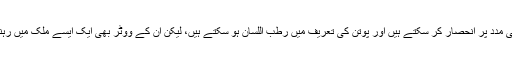
برطانیہ اور فرانس کے دائیں بازو کے انتہا پسند روسی مدد پر انحصار کر سکتے ہیں اور پوتن کی تعریف میں رطب اللسان ہو سکتے ہیں، لیکن ان کے ووٹر بھی ایک ایسے ملک میں رہنا پسند نہیں کریں گے جو روسی ماڈل کی نقل کرتا ہو۔